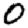
Digit: 0